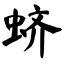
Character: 蛴